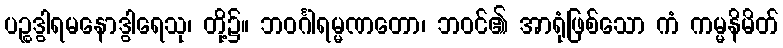
ပဉ္စဒွါရမနောဒွါရေသု၊ တို့၌။ ဘဝင်္ဂါရမ္မဏတော၊ ဘဝင်၏ အာရုံဖြစ်သော ကံ ကမ္မနိမိတ်